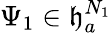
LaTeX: \Psi_{1}\in\mathfrak{h}_{a}^{N_{1}}